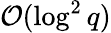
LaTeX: \mathcal{O}(\log^{2}{q})